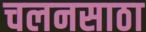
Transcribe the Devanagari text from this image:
चलनसाठा